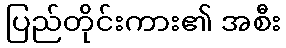
ပြည်တိုင်းကား၏ အစီး